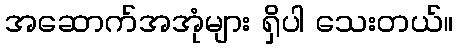
အဆောက်အအုံများ ရှိပါ သေးတယ်။